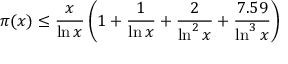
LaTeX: \pi ( x ) \leq { \frac { x } { \ln x } } \left( 1 + { \frac { 1 } { \ln x } } + { \frac { 2 } { \ln ^ { 2 } x } } + { \frac { 7 . 5 9 } { \ln ^ { 3 } x } } \right)